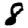
Digit: 8